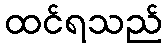
ထင်ရသည်